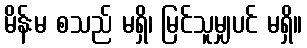
မိန်းမ စသည် မရှိ၊ မြင်သူမျှပင် မရှိ။